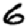
Digit: 6